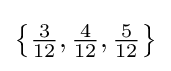
{\bigl \{}{\tfrac {3}{12}},{\tfrac {4}{12}},{\tfrac {5}{12}}{\bigr \}}